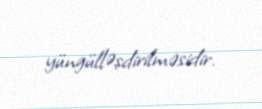
yüngülləşdirilməsidir.